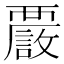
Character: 𧠂